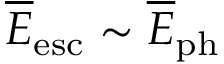
\overline { E } _ { \mathrm { e s c } } \sim \overline { E } _ { \mathrm { p h } }